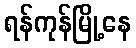
ရန်ကုန်မြို့နေ